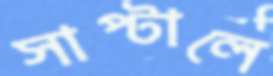
সাপ্‌টালে